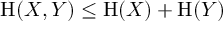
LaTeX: \mathrm { H } ( X , Y ) \leq \mathrm { H } ( X ) + \mathrm { H } ( Y )